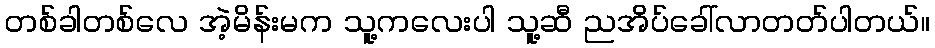
တစ်ခါတစ်လေ အဲ့မိန်းမက သူ့ကလေးပါ သူ့ဆီ ညအိပ်ခေါ်လာတတ်ပါတယ်။